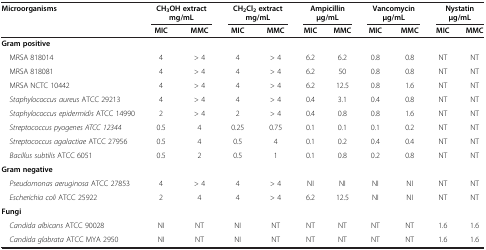
| <ROWSPAN=2> Microorganisms | <COLSPAN=2> CH3OH extract mg/mL | <COLSPAN=2> CH2Cl2 extract mg/mL | <COLSPAN=2> Ampicillin μg/mL | <COLSPAN=2> Vancomycin μg/mL | <COLSPAN=2> Nystatin μg/mL |
 | MIC | MMC | MIC | MMC | MIC | MMC | MIC | MMC | MIC | MMC |
 | --- | --- | --- | --- | --- | --- | --- | --- | --- | --- | --- |
 | Gram positive |  |  |  |  |  |  |  |  |  |  |
 | MRSA 818014 | 4 | > 4 | 4 | > 4 | 6.2 | 6.2 | 0.8 | 0.8 | NT | NT |
 | MRSA 818081 | 4 | > 4 | 4 | > 4 | 6.2 | 50 | 0.8 | 0.8 | NT | NT |
 | MRSA NCTC 10442 | 4 | > 4 | 4 | > 4 | 6.2 | 12.5 | 0.8 | 1.6 | NT | NT |
 | Staphylococcus aureus ATCC 29213 | 4 | > 4 | 4 | > 4 | 0.4 | 3.1 | 0.4 | 0.8 | NT | NT |
 | Staphylococcus epidermidis ATCC 14990 | 2 | > 4 | 2 | > 4 | 0.4 | 0.8 | 0.8 | 1.6 | NT | NT |
 | Streptococcus pyogenes ATCC 12344 | 0.5 | 4 | 0.25 | 0.75 | 0.1 | 0.1 | 0.1 | 0.2 | NT | NT |
 | Streptococcus agalactiae ATCC 27956 | 0.5 | 4 | 0.5 | 4 | 0.1 | 0.2 | 0.4 | 0.4 | NT | NT |
 | Bacillus subtilis ATCC 6051 | 0.5 | 2 | 0.5 | 1 | 0.1 | 0.8 | 0.2 | 0.8 | NT | NT |
 | Gram negative |  |  |  |  |  |  |  |  |  |  |
 | Pseudomonas aeruginosa ATCC 27853 | 4 | > 4 | 4 | > 4 | NI | NI | NI | NI | NT | NT |
 | Escherichia coli ATCC 25922 | 2 | 4 | 4 | > 4 | 6.2 | 12.5 | NI | NI | NT | NT |
 | Fungi |  |  |  |  |  |  |  |  |  |  |
 | Candida albicans ATCC 90028 | NI | NT | NI | NT | NT | NT | NT | NT | 1.6 | 1.6 |
 | Candida glabrata ATCC MYA 2950 | NI | NT | NI | NT | NT | NT | NT | NT | 1.6 | 1.6 |